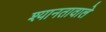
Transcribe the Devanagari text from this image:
श्यानतावाले